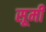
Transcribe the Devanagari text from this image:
सूमी